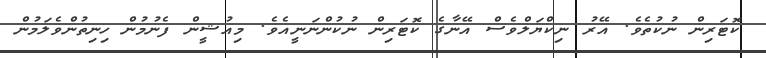
ކޮޓަރިން ނުކުތެވެ. އޭރު ނިކްޔަލްވެސް އޭނާގެ ކޮޓަރިން ނުކުންނަނީއެވެ. މިއުޝީން ފެނުމުން ހިނިތުންވެލަމުން